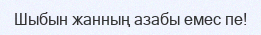
Шыбын жанның азабы емес пе!